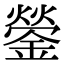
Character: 鎣